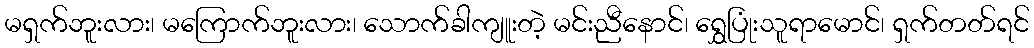
မရှက်ဘူးလား၊ မကြောက်ဘူးလား၊ သောက်ခါကျူးတဲ့ မင်းညီနောင်၊ ရွှေပြုံးသူရာမောင်၊ ရှက်တတ်ရင်